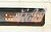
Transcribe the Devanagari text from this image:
गॅरंटीही